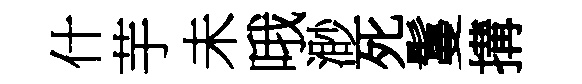
什芋未哦渺死鬘搆